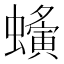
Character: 𧓒